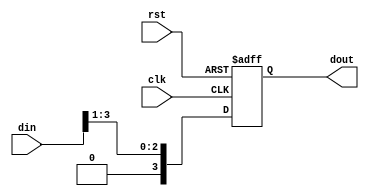
module right_shift_bit(
	  input clk, rst,
	  input [3:0] din,
	  output reg [3:0] dout
	);

	always @(posedge clk or posedge rst) begin
	  if (rst) begin
	    dout <= 4'b0000;
	  end else begin
	    dout[0] <= din[0];
	    dout <= {1'b0, din[3:1]};    
	  end
	end

endmodule